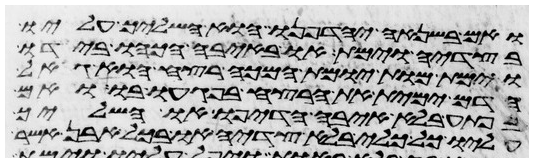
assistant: ואם בשנאה יחדיפנו או השליך עליו
בצדיה וימת או באיבה הכהו בידו
וימת מות יומת המכה רצח הוא גאל
הדם ימית את הרצח בפגעו בו ואם
בפתע בלא איבה הדיפו או השליך
עליו כל כלי בלא צדיה או בכל אבן אשר